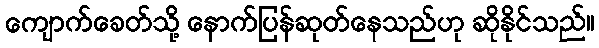
ကျောက်ခေတ်သို့ နောက်ပြန်ဆုတ်နေသည်ဟု ဆိုနိုင်သည်။